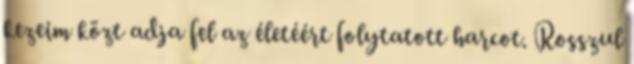
kezeim közt adja fel az életéért folytatott harcot. Rosszul